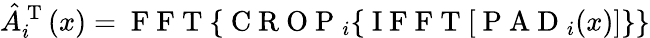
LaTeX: \hat{A}_{i}^{\mathrm{~T~}}(x)=\mathrm{~F~F~T~}\{ \mathrm{~C~R~O~P~}_{i}\{ \mathrm{~I~F~F~T~}[\mathrm{~P~A~D~}_{i}(x)]\} \}